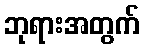
ဘုရားအတွက်